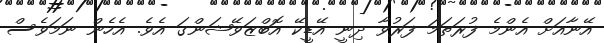
އޭނާއަށް އެންމެ ފުރަތަމަ ފަރުވާ ދިނީ އޭޑީކޭ އޮބްޒަވޭޝަންގަ އެވެ. އެހެން ނަމަވެސް